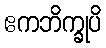
ဧကဘိက္ခုပိ